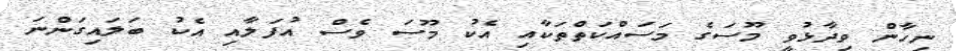
ނިހާން ވިދާޅުވީ މޫސަގެ މަސައްކަތްތަކާއި އެކު މޫސަ ވެސް އުފަލާއި އެކު ބަލައިގަންނަ